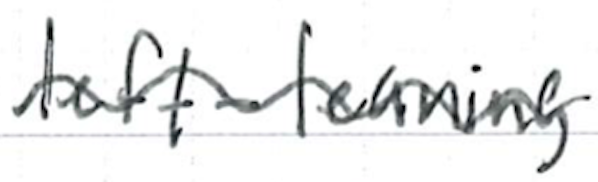
Text: left-leaning
Cross-out: wave
Writing tool: ballpoint